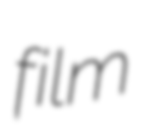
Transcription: film